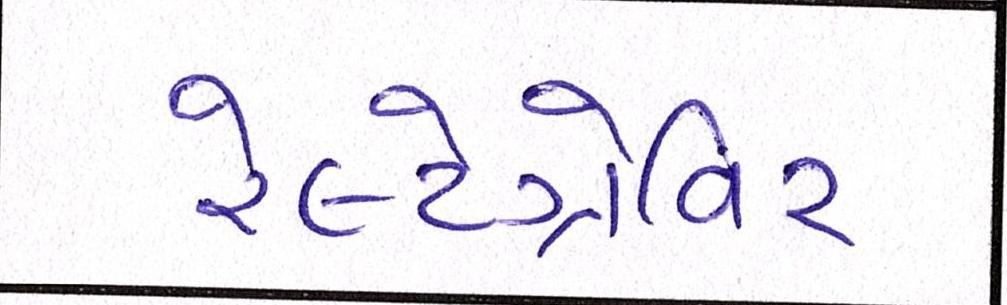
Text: રેલ્ટેગ્રેવિર